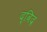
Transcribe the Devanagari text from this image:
द्विद्र